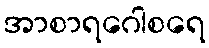
အာစာရဂေါစရေ